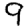
Digit: 9